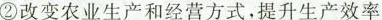
② 改变农业生产和经营方式，提升生产效率